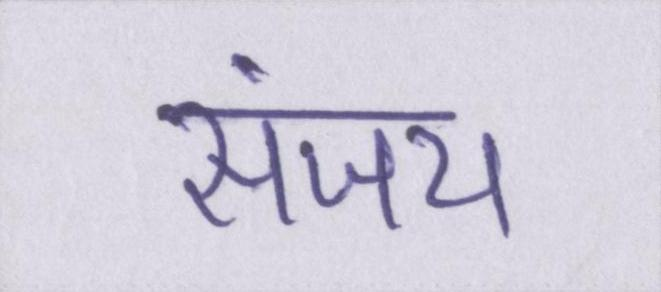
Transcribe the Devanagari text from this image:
संजय